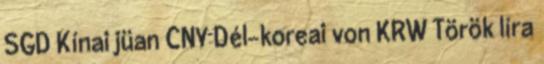
SGD Kínai jüan CNY Dél-koreai von KRW Török líra